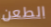
الطعن